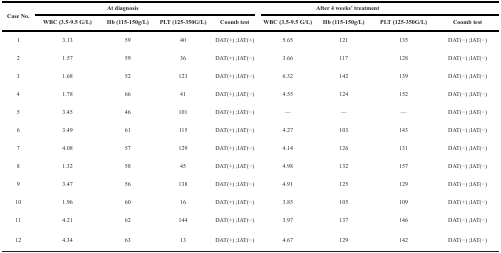
| <ROWSPAN=2> Case No. | <COLSPAN=4> At diagnosis | <COLSPAN=4> After 4 weeks’ treatment |
 | WBC (3.5-9.5 G/L) | Hb (115-150g/L) | PLT (125-350G/L) | Coomb test | WBC (3.5-9.5 G/L) | Hb (115-150g/L) | PLT (125-350G/L) | Coomb test |
 | --- | --- | --- | --- | --- | --- | --- | --- | --- |
 | 1 | 3.13 | 59 | 40 | DAT(+) ;IAT(+) | 5.65 | 121 | 135 | DAT(−) ;IAT(−) |
 | 2 | 1.57 | 59 | 36 | DAT(+) ;IAT(−) | 3.66 | 117 | 128 | DAT(−) ;IAT(−) |
 | 3 | 1.68 | 52 | 123 | DAT(+) ;IAT(−) | 6.32 | 142 | 139 | DAT(−) ;IAT(−) |
 | 4 | 1.78 | 66 | 41 | DAT(+) ;IAT(−) | 4.55 | 124 | 152 | DAT(−) ;IAT(−) |
 | 5 | 3.45 | 46 | 101 | DAT(+) ;IAT(−) | — | — | — | DAT(−) ;IAT(−) |
 | 6 | 3.49 | 61 | 115 | DAT(+) ;IAT(−) | 4.27 | 103 | 143 | DAT(−) ;IAT(−) |
 | 7 | 4.08 | 57 | 129 | DAT(+) ;IAT(−) | 4.14 | 126 | 131 | DAT(−) ;IAT(−) |
 | 8 | 1.32 | 58 | 45 | DAT(+) ;IAT(−) | 4.98 | 132 | 157 | DAT(−) ;IAT(−) |
 | 9 | 3.47 | 56 | 138 | DAT(+) ;IAT(−) | 4.91 | 125 | 129 | DAT(−) ;IAT(−) |
 | 10 | 1.96 | 60 | 16 | DAT(+) ;IAT(−) | 3.85 | 105 | 109 | DAT(+) ;IAT(−) |
 | 11 | 4.21 | 62 | 144 | DAT(+) ;IAT(−) | 3.97 | 137 | 146 | DAT(−) ;IAT(−) |
 | 12 | 4.34 | 63 | 13 | DAT(+) ;IAT(−) | 4.67 | 129 | 142 | DAT(−) ;IAT(−) |